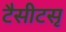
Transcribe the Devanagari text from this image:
टैसीटसृ